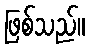
ဖြစ်သည်။